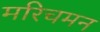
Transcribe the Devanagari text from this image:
मरिचमन